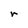
Character: r